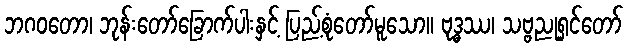
ဘဂဝတော၊ ဘုန်းတော်ခြောက်ပါးနှင့် ပြည့်စုံတော်မူသော။ ဗုဒ္ဓဿ၊ သဗ္ဗညုရှင်တော်